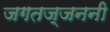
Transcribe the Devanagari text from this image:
जगतज्जननी